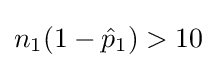
n_{1}(1-{\hat {p}}_{1})>10